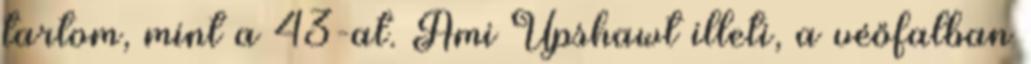
tartom, mint a 43-at. Ami Upshawt illeti, a véőfalban